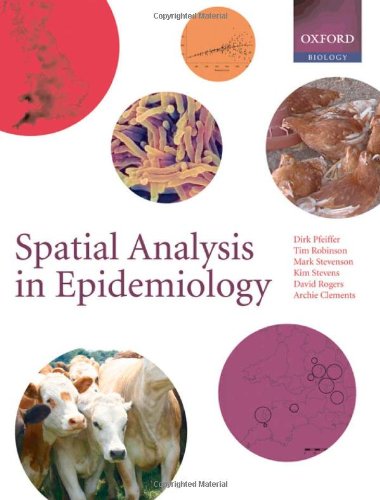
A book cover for Spatial Analysis in Epidemiology; Mark Stevenson; Medical Books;